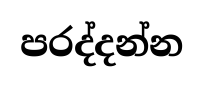
පරද්දන්න